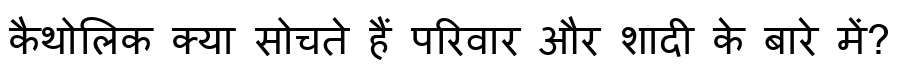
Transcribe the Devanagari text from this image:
कैथोलिक क्या सोचते हैं परिवार और शादी के बारे में?